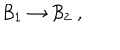
{ \cal B } _ { 1 } \rightarrow { \cal B } _ { 2 } \ ,